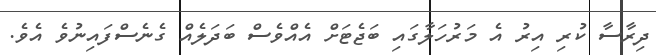
ދިރާސާ ކުރި އިރު އެ މަރުހަލާގައި ބަޖެޓަށް އެއްވެސް ބަދަލެއް ގެނެސްފައިނުވެ އެވެ.